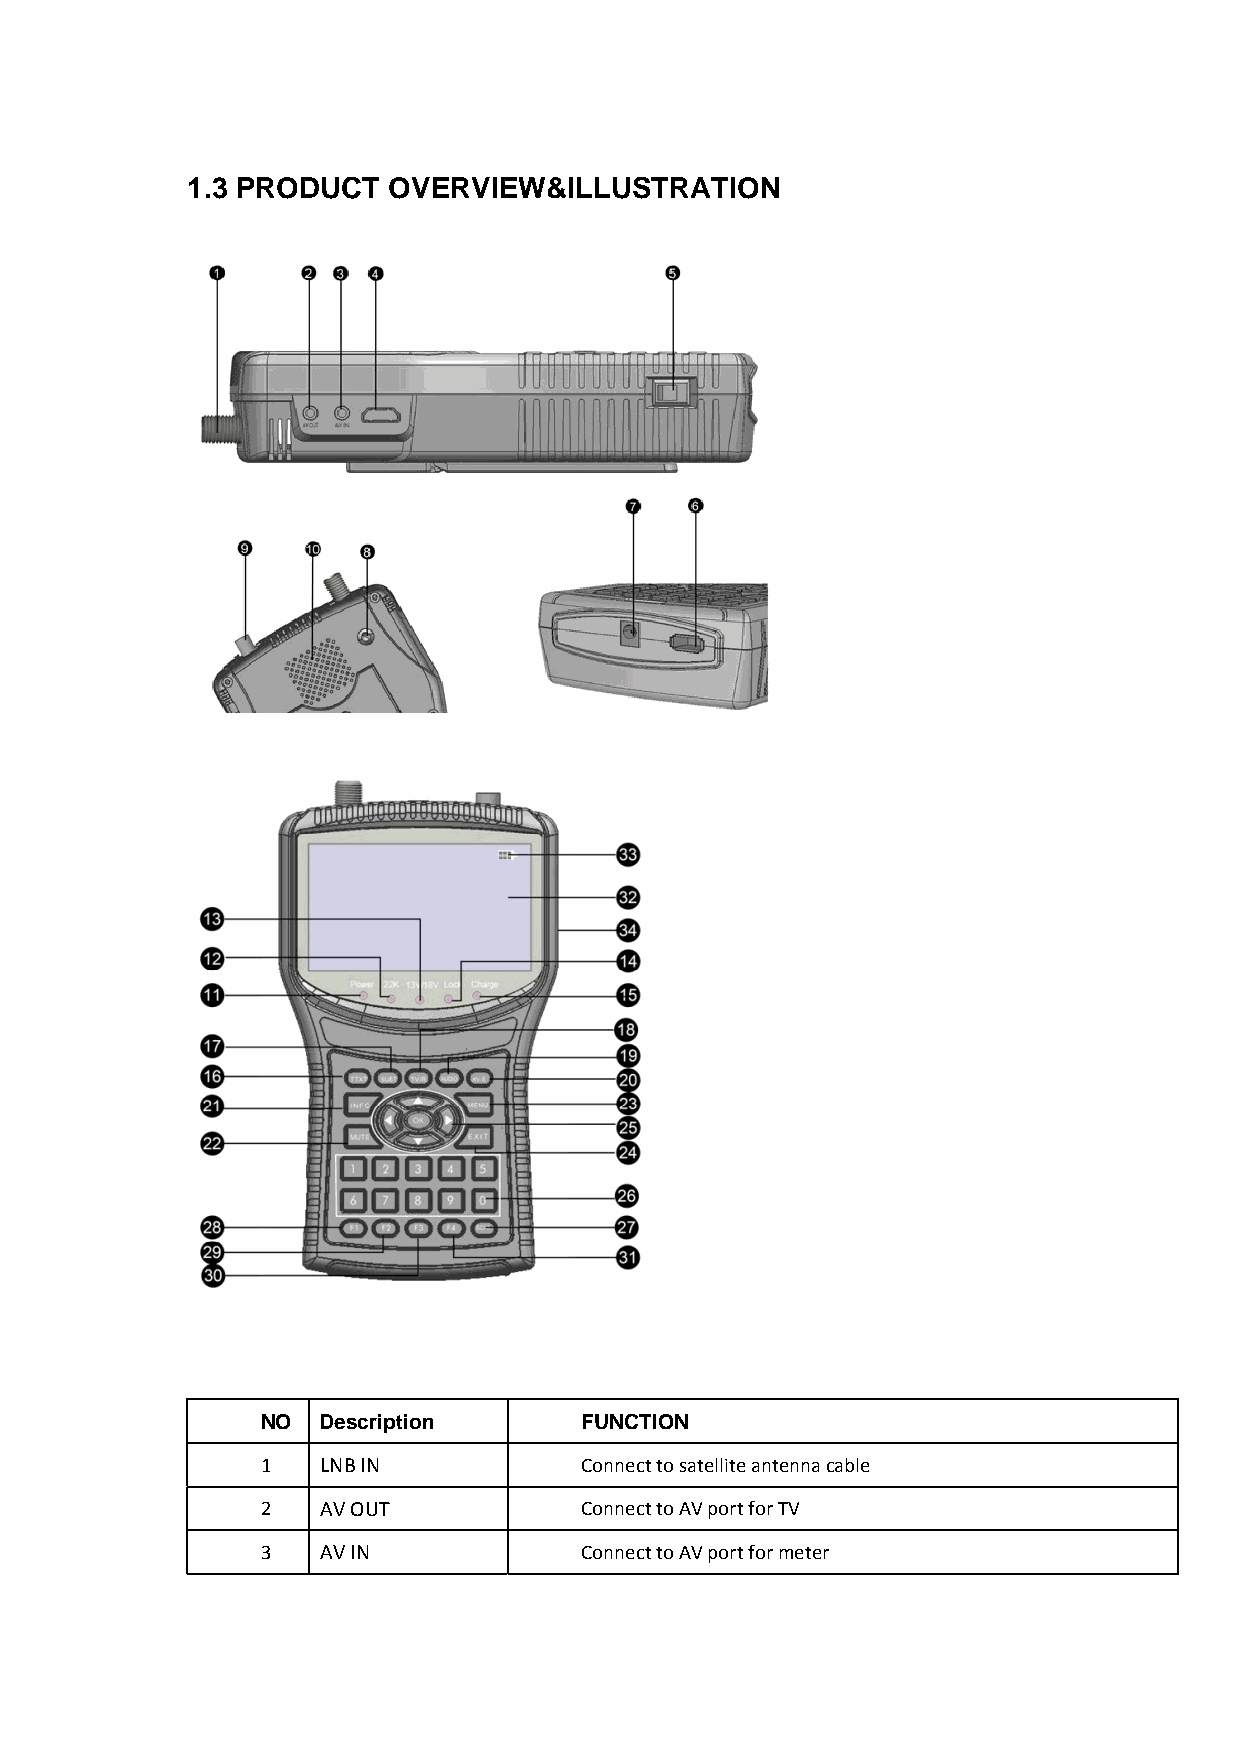
1.3 PRODUCT   OVERVIEW&ILLUSTRATION
 NO  Description      FUNCTION
 1   LNB IN           Connect to satellite antenna cable
 2   AV OUT           Connect to AV port for TV
 3   AV IN            Connect to AV port for meter